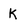
Character: K